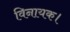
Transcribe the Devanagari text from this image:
विनायक।